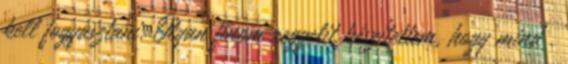
kell fogyasztani. Olyan finom reggelit készítettem, hogy mind .